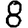
Digit: 8